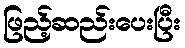
ဖြည့်ဆည်းပေးပြီး